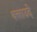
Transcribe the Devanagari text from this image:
क्लाउदे